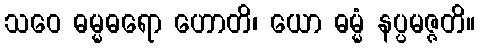
သဝေ ဓမ္မဓရော ဟောတိ၊ ယော ဓမ္မံ နပ္ပမဇ္ဇတိ။